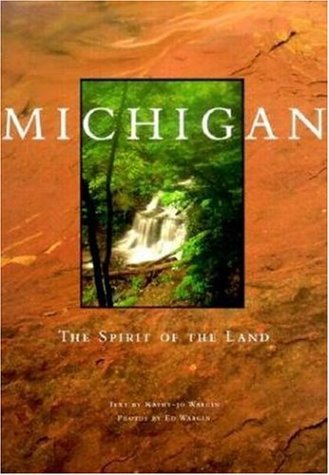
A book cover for Michigan: The Spirit of the Land (Midwest); Kathy Jo & Ed Wargin; Travel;